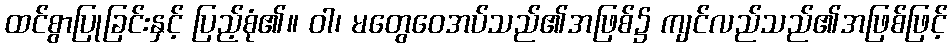
ထင်စွာပြုခြင်းနှင့် ပြည့်စုံ၏။ ဝါ၊ မတွေဝေအပ်သည်၏အဖြစ်၌ ကျင်လည်သည်၏အဖြစ်ဖြင့်